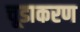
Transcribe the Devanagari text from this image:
चूडाकरण